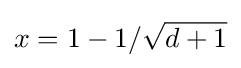
x=1-1/{\sqrt {d+1}}